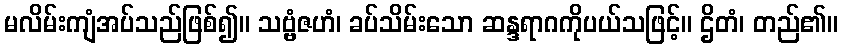
မလိမ်းကျံအပ်သည်ဖြစ်၍။ သဗ္ဗံဇဟံ၊ ခပ်သိမ်းသော ဆန္ဒရာဂကိုပယ်သဖြင့်။ ဌိတံ၊ တည်၏။